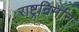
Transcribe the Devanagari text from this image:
राष्ट्रनिर्मान